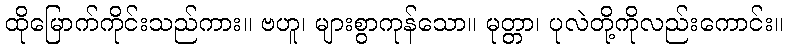
ထိုမြောက်ကိုင်းသည်ကား။ ဗဟူ၊ များစွာကုန်သော။ မုတ္တာ၊ ပုလဲတို့ကိုလည်းကောင်း။